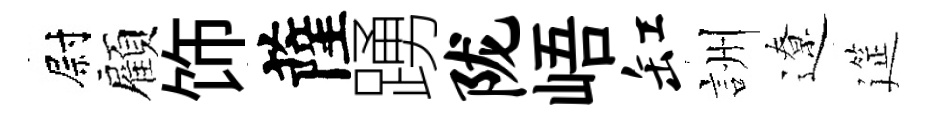
尉顧饰薩踴陇峿缸詶遼筵